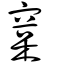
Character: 㮤